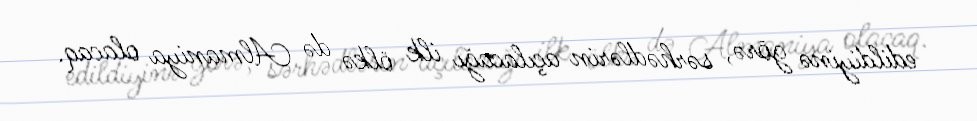
edildiyinə görə, sərhədlərin açılacağı ilk ölkə də Almaniya olacaq.